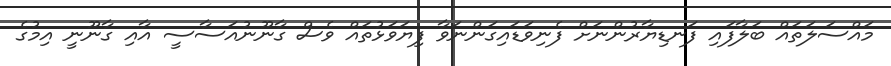
މައްސަލަތައް ބަލާފައި ފަނޑިޔާރުންނަށް ފެނިވަޑައިގަންނަވާ ފިޔަވަޅުތައް ވެސް ގާނޫނުއަަސާސީ އާއި ގާނޫނީ އިމުގެ